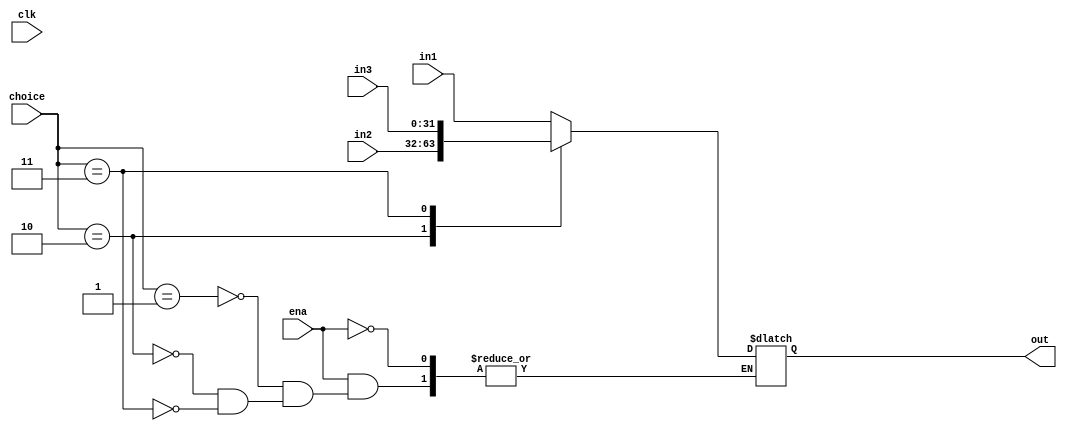
`timescale 1ns / 1ps
//////////////////////////////////////////////////////////////////////////////////
// Company: 
// Engineer: 
// 
// Design Name: 
// Module Name: MUX6
// Project Name: 
// Target Devices: 
// Tool Versions: 
// Description: 
// 
// Dependencies: 
// 
// Revision:
// Revision 0.01 - File Created
// Additional Comments:
// 
//////////////////////////////////////////////////////////////////////////////////


module MUX6(
    input clk,
    input ena,
    input [31:0]in1,
    input [31:0]in2,
    input [31:0]in3,
    input [2:0]choice,
    output reg [31:0]out
    );

    always @(*)begin
        if(ena)begin
            case(choice)
                3'd1:begin
                    out<=in1;
                end
                3'd2:begin
                    out<=in2;
                end
                3'd3:begin
                    out<=in3;
                end
            endcase
        end
    end

endmodule